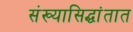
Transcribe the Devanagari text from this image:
संख्यासिद्धांतात